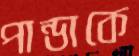
পান্ডাকে